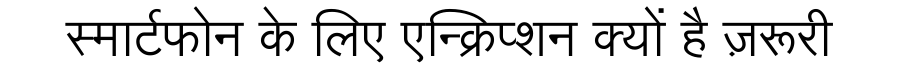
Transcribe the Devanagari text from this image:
स्मार्टफोन के लिए एन्क्रिप्शन क्यों है ज़रूरी